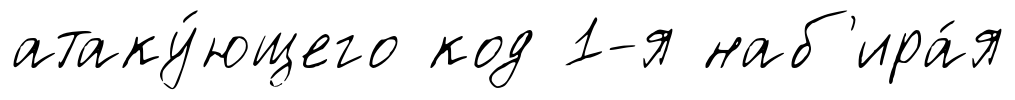
атаку́ющего код 1-я наб'ира́я